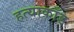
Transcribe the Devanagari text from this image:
हत्याकाँड